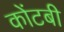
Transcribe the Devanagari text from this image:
कोंटबी